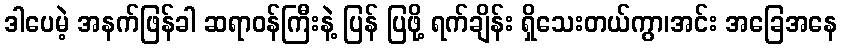
ဒါပေမဲ့ အနက်ဖြန်ခါ ဆရာဝန်ကြီးနဲ့ ပြန် ပြဖို့ ရက်ချိန်း ရှိသေးတယ်ကွာ၊အင်း အခြေအနေ